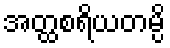
အတ္ထစရိယတမ္ပိ